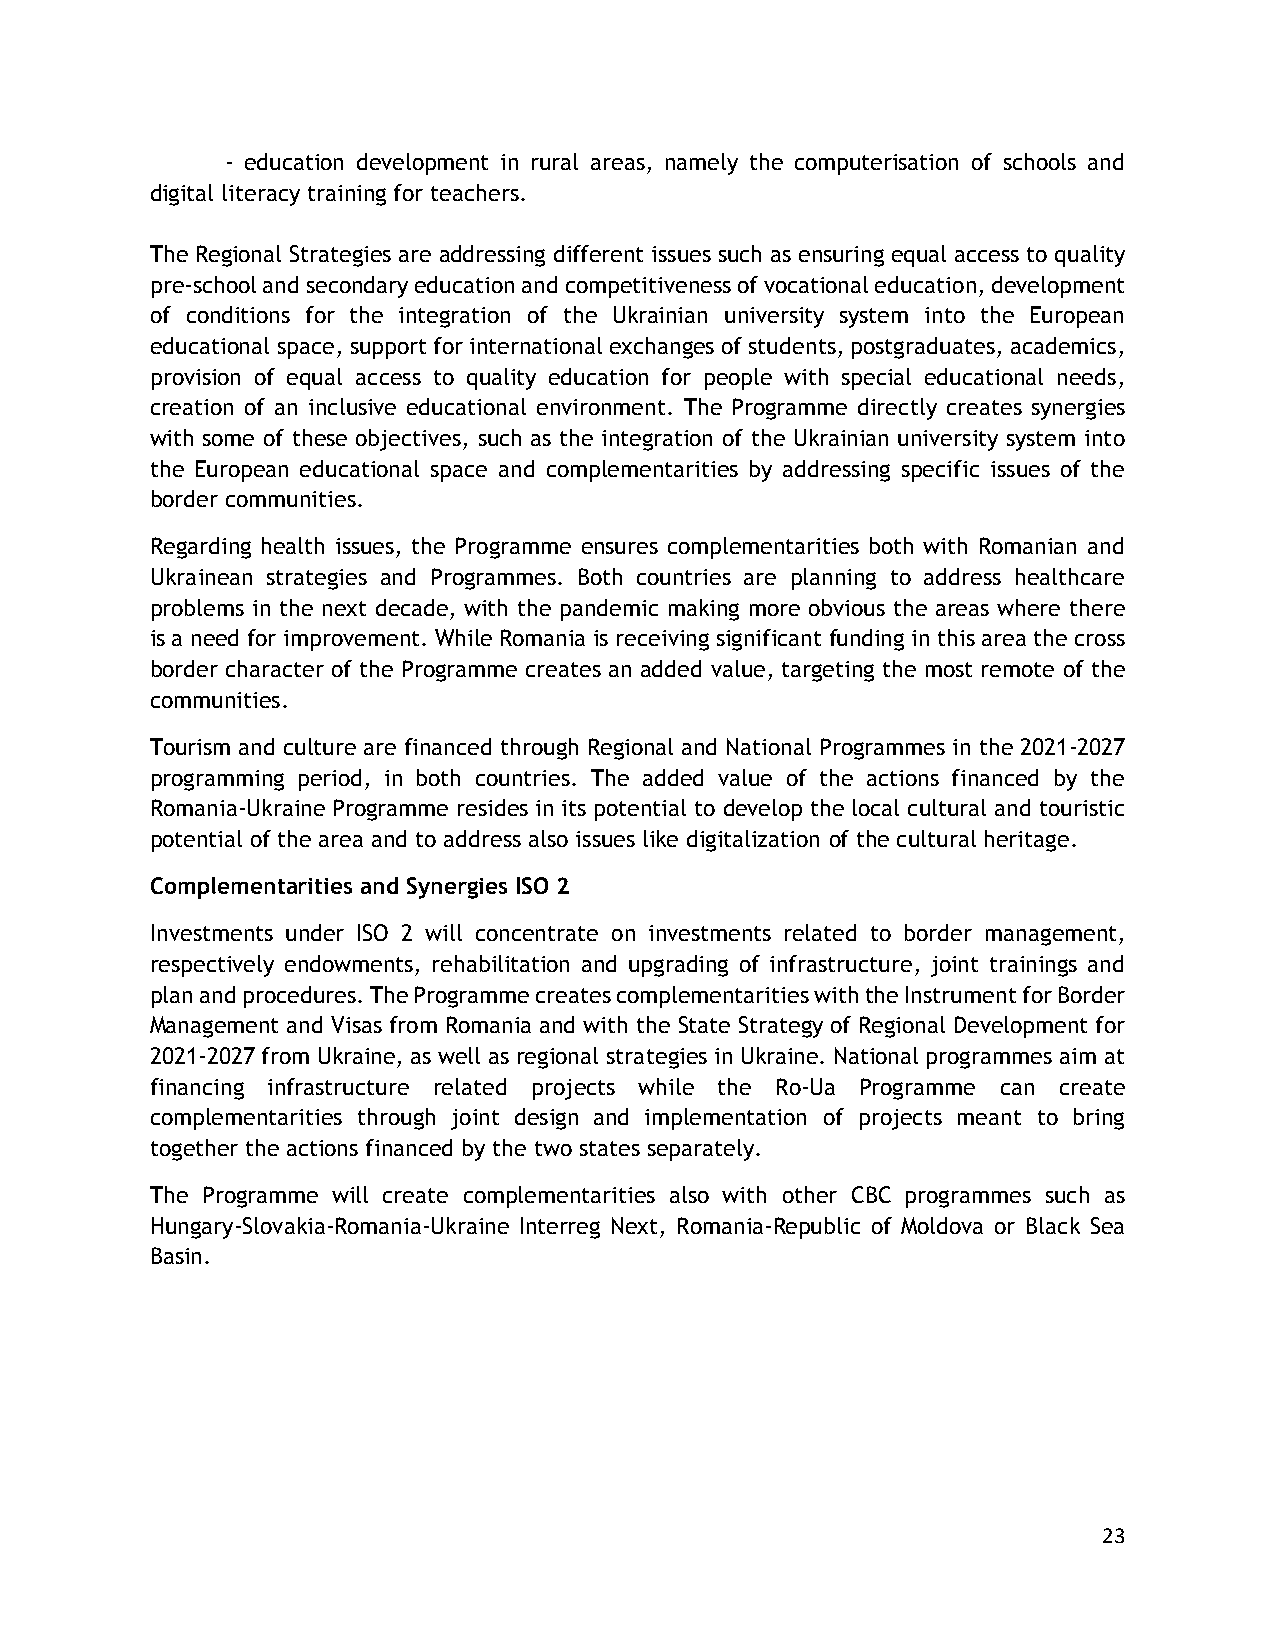
- education development in rural areas, namely the computerisation of schools and
 digital literacy training for teachers.
 The Regional Strategies are addressing different issues such as ensuring equal access to quality
 pre-school and secondary education and competitiveness of vocational education, development
 of conditions for the integration of the Ukrainian university system into the European
 educational space, support for international exchanges of students, postgraduates, academics,
 provision of equal access to quality education for people with special educational needs,
 creation of an inclusive educational environment. The Programme directly creates synergies
 with some of these objectives, such as the integration of the Ukrainian university system into
 the European educational space and complementarities by addressing specific issues of the
 border communities.
 Regarding health issues, the Programme ensures complementarities both with Romanian and
 Ukrainean strategies and Programmes. Both countries are planning to address healthcare
 problems in the next decade, with the pandemic making more obvious the areas where there
 is a need for improvement. While Romania is receiving significant funding in this area the cross
 border character of the Programme creates an added value, targeting the most remote of the
 communities.
 Tourism and culture are financed through Regional and National Programmes in the 2021-2027
 programming period, in both countries. The added value of the actions financed by the
 Romania-Ukraine Programme resides in its potential to develop the local cultural and touristic
 potential of the area and to address also issues like digitalization of the cultural heritage.
 Complementarities and Synergies ISO 2
 Investments under ISO 2 will concentrate on investments related to border management,
 respectively endowments, rehabilitation and upgrading of infrastructure, joint trainings and
 plan and procedures. The Programme creates complementarities with the Instrument for Border
 Management and Visas from Romania and with the State Strategy of Regional Development for
 2021-2027 from Ukraine, as well as regional strategies in Ukraine. National programmes aim at
 financing infrastructure related projects while the Ro-Ua Programme can create
 complementarities through joint design and implementation of projects meant to bring
 together the actions financed by the two states separately.
 The Programme will create complementarities also with other CBC programmes such as
 Hungary-Slovakia-Romania-Ukraine Interreg Next, Romania-Republic of Moldova or Black Sea
 Basin.
 23